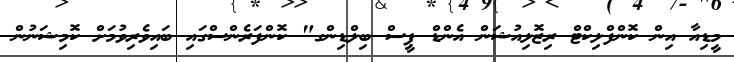
މީޑިއާ އިން ކޮންފްލިކްޓް ރިޒޮލިއުޝަން އެންޑް ޕީސް ބިލްޑިންގ" ކޮންފަރެންސްގައި ބައިވެރިވުމަށް ކޮމިޝަނުން